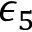
\epsilon _ { 5 }